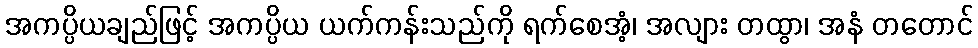
အကပ္ပိယချည်ဖြင့် အကပ္ပိယ ယက်ကန်းသည်ကို ရက်စေအံ့၊ အလျား တထွာ၊ အနံ တတောင်